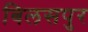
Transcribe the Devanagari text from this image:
बिलसपुर